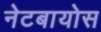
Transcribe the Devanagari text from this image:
नेटबायोस